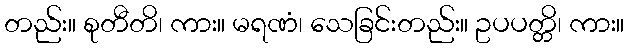
တည်း။ စုတီတိ၊ ကား။ မရဏံ၊ သေခြင်းတည်း။ ဥပပတ္တိ၊ ကား။